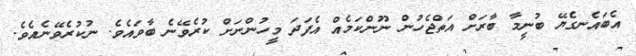
އެބައެނގެޔޭ ބުނީމާ ބާރަށް އަތްޖެހުން ނޫންކަމެއް އެފަދަ މީހުންނަށް ކުރެވޭނެ ބާވައެވެ. ނުކުރެވޭނެއެވެ.